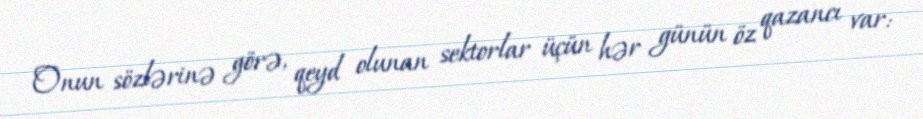
Onun sözlərinə görə, qeyd olunan sektorlar üçün hər günün öz qazancı var: